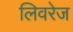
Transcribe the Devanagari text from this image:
लिवरेज